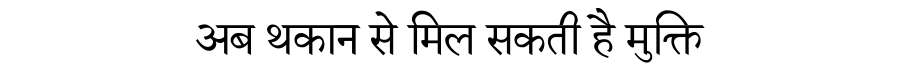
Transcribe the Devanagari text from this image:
अब थकान से मिल सकती है मुक्ति